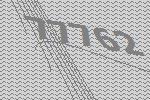
77762